Vaccine operations Central Provinces 1868-1885 - 1868-1885
Year: 1868
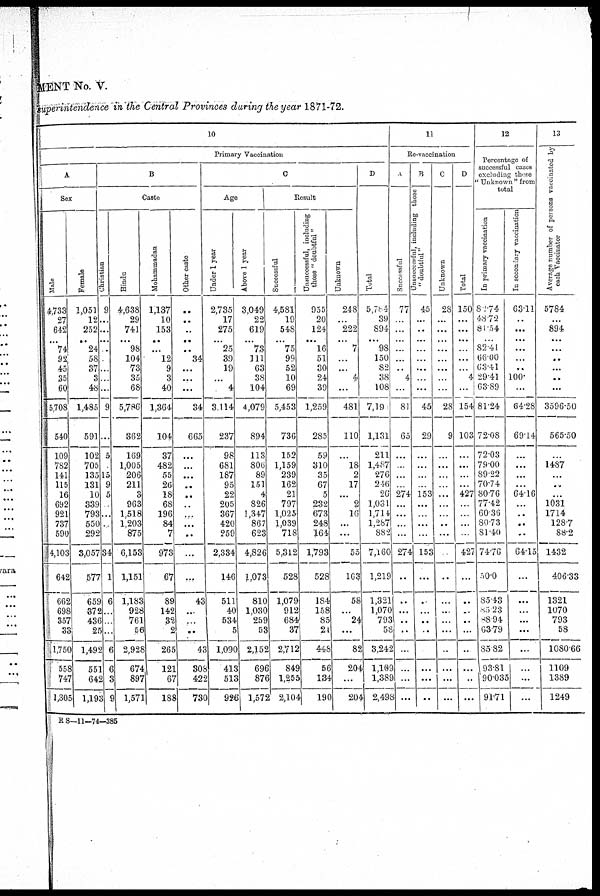
MENT No. V.
superintendence in the Central Provinces during the year 1871-72.
10
Primary Vaccination
A
Sex
Male
4,733
27
642
...
74
92
45
35
60
5,708
540
109
782
141
115
16
692
921
737
590
4,103
642
662
698
357
33
1,750
558
747
1,305
Female
1,051
12
252
...
24
58
37
3
48
1,485
591
102
705
135
131
10
339
793
550
292
3,057
577
659
372
436
25
1,492
551
642
1,193
B
Caste
Christian
9
...
...
...
...
...
...
...
...
9
...
5
...
15
9
5
...
..
..
...
34
1
6
...
...
...
6
6
3
9
Hindu
4,638
29
741
...
98
104
73
35
68
5,786
362
169
1,005
206
211
3
963
1,518
1,203
875
6,153
1,151
1,183
928
761
56
2,928
674
897
1,571
Mohammadan
1,137
10
153
..
...
12
9
3
40
1,364
104
37
482
55
26
18
68
196
84
7
973
67
89
142
32
2
265
121
67
188
Other caste
..
..
..
..
..
34
...
...
...
34
665
...
...
...
...
...
...
...
...
...
...
...
43
...
...
...
43
308
422
730
C
Age
Under 1 year
2,735
17
275
...
25
39
19
...
4
3,114
237
98
681
187
95
22
205
367
420
259
2,334
146
511
40
534
5
1,090
413
513
926
Above 1 year
3,049
22
619
...
73
111
63
38
104
4,079
894
113
806
89
151
4
826
1,347
867
623
4,826
1,073
810
1,030
259
53
2,152
696
876
1,572
Result
Successful
4,581
19
548
...
75
99
52
10
69
5,453
736
152
1,159
239
162
21
797
1,025
1,039
718
5,312
528
1,079
912
684
37
2,712
849
1,255
2,104
Unsuccessful, including
those "doubtful"
955
20
124
...
16
51
30
24
39
1,259
285
59
310
35
67
5
232
673
248
164
1,793
528
184
158
85
21
448
56
134
190
Unknown
248
...
222
...
7
...
...
4
...
481
110
...
18
2
17
...
2
16
...
...
55
163
58
...
24
...
82
204
...
204
D
Total
5,784
39
894
...
98
150
82
38
108
7,19
1,131
211
1,487
276
246
26
1,031
1,714
1,287
882
7,160
1,219
1,321
1,070
793
58
3,242
1,109
1,389
2,498
11
Re-vaccination
A
Successful
77
...
...
...
...
...
...
4
...
81
65
...
..
...
...
274
...
...
...
...
274
..
...
...
..
..
...
...
...
...
B
Unsuccessful, including those
"doubtful"
45
...
..
...
...
...
...
...
...
45
29
...
...
...
...
153
...
...
...
...
153
...
...
...
...
..
...
...
...
...
C
Unknown
28
...
...
...
...
...
...
...
...
28
9
...
...
...
...
...
...
...
..
...
...
..
...
...
...
...
..
...
...
...
D
Total
150
...
...
...
...
...
...
4
...
154
103
...
...
...
...
427
...
...
...
...
427
...
...
...
...
...
..
...
..
...
12
Percentage of
successful cases
excluding these
" Unknown "from
total
In primary vaccination
82.74
48.72
81.54
...
82.41
66.00
63.41
29.41
63.89
81.24
72.08
72.03
79.00
89.22
70.74
80.76
77.42
60.36
80.73
81.40
74.76
50.0
85.43
85.23
88.94
63.79
85.82
93.81
90.035
91.71
In secondary vaccination
63.11
...
...
...
...
...
...
100.
...
64.28
69.14
...
...
...
...
64.16
...
..
...
..
64.15
...
...
...
. ..
...
...
...
...
...
13
Average number of persons vaccinated by
each Vaccinator
5784
...
894
...
...
...
...
...
...
3596.50
565.50
...
1487
. . .
...
...
1031
1714
128.7
88.2
1432
406.33
1321
1070
793
58
1080.66
1109
1389
1249
R S—11—74—385